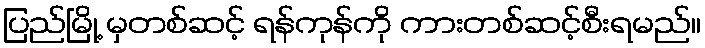
ပြည်မြို့ မှတစ်ဆင့် ရန်ကုန်ကို ကားတစ်ဆင့်စီးရမည်။